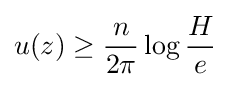
u(z)\geq {\frac {n}{2\pi }}\log {\frac {H}{e}}